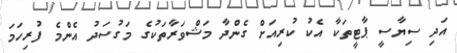
އަދި ސިޔާސީ ޕާޓީތަކާ އެކު ކުރިއަށް ގެންދާ މަޝްވަރާތަކުގެ މަގުސަދު އެންމެ ފުރިހަމަ